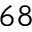
^ { 6 8 }